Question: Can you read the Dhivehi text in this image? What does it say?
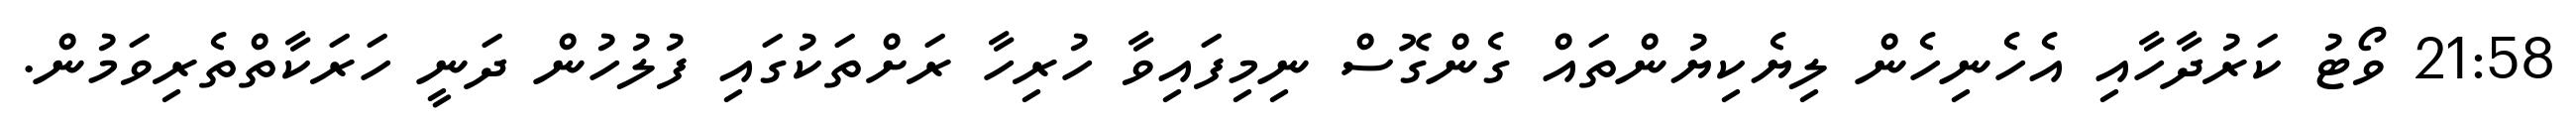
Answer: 21:58 ވޯޓު ކަރުދާހާއި އެހެނިހެން ލިޔެކިޔުންތައް ގެންގޮސް ނިމިފައިވާ ހުރިހާ ރަށްތަކުގައި ފުލުހުން ދަނީ ހަރަކާތްތެރިވަމުން.